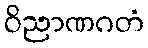
ဝိညာဏဂတံ